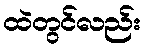
ထဲတွင်လည်း